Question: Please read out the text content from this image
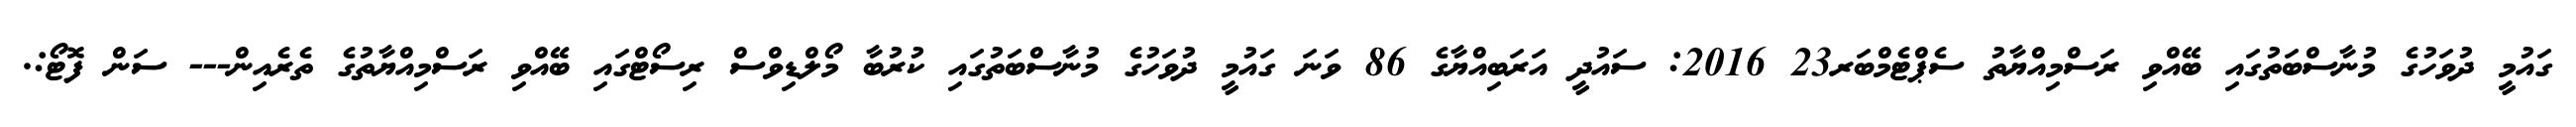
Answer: ގައުމީ ދުވަހުގެ މުނާސްބަތުގައި ބޭއްވި ރަސްމިއްޔާތު ސެޕްޓެމްބަރ23 2016: ސައުދީ އަރަބިއްޔާގެ 86 ވަނަ ގައުމީ ދުވަހުގެ މުނާސްބަތުގައި ކުރުބާ މޯލްޑިވްސް ރިސޯޓްގައި ބޭއްވި ރަސްމިއްޔާތުގެ ތެރެއިން--- ސަން ފޮޓޯ:.